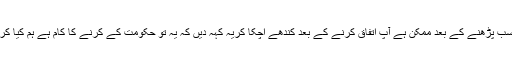
یہ سب پڑھنے کے بعد ممکن ہے آپ اتفاق کرنے کے بعد کندھے اچکا کریہ کہہ دیں کہ یہ تو حکومت کے کرنے کا کام ہے ہم کیا کریں۔